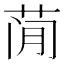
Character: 𰱇